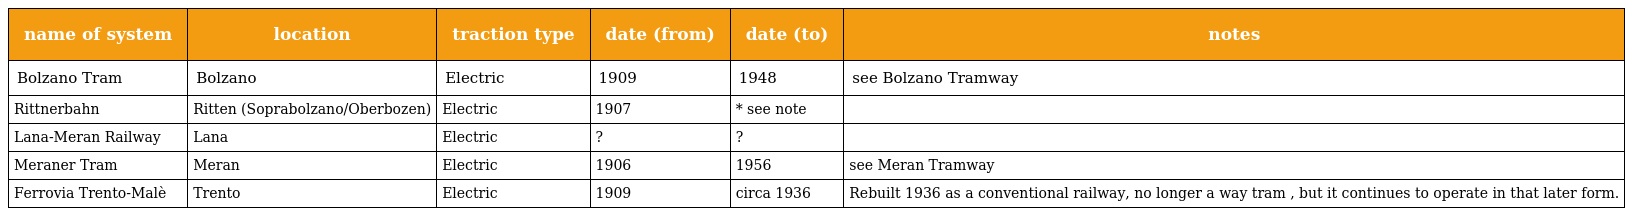
| name of system | location | traction type | date (from) | date (to) | notes |
 | --- | --- | --- | --- | --- | --- |
 | Bolzano Tram | Bolzano | Electric | 1909 | 1948 | see Bolzano Tramway |
 | Rittnerbahn | Ritten (Soprabolzano/Oberbozen) | Electric | 1907 | * see note |  |
 | Lana-Meran Railway | Lana | Electric | ? | ? |  |
 | Meraner Tram | Meran | Electric | 1906 | 1956 | see Meran Tramway |
 | Ferrovia Trento-Malè | Trento | Electric | 1909 | circa 1936 | Rebuilt 1936 as a conventional railway, no longer a way tram , but it continues to operate in that later form. |